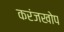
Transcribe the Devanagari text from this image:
करंजखोप